Scottish Leaving Certificate Examination, 1959
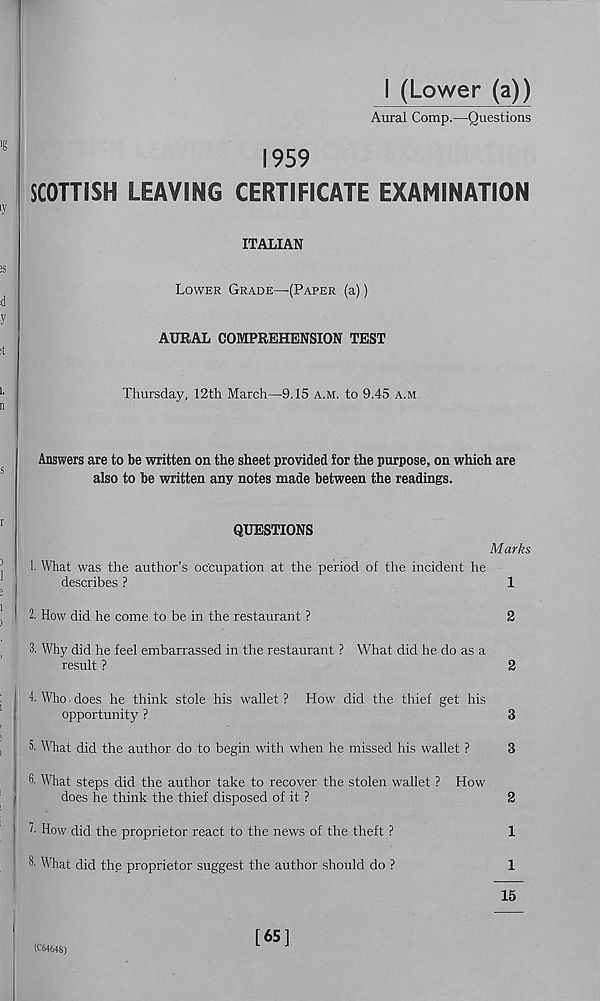
I (Lower (a))
Aural Comp.—Questions
1959
SCOTTISH LEAVING CERTIFICATE EXAMINATION
ITALIAN
Lower Grade—'(Paper (a))
AURAL COMPREHENSION TEST
Thursday, 12th March—9.15 a.m. to 9.45 a.m
Answers are to be written on the sheet provided for the purpose, on which are
also to be written any notes made between the readings.
QUESTIONS
Marks
1. What was the author’s occupation at the period of the incident he
describes ?
1
2. How did he come to be in the restaurant ?
2
3. Why did he feel embarrassed in the restaurant ? What did he do as a
result ?
2
4. Who • does he think stole his wallet ? How did the thief get his
opportunity ?
3
What did the author do to begin with when he missed his wallet ?
3
What steps did the author take to recover the stolen wallet ? How
does he think the thief disposed of it ?
2
!■ How did the proprietor react to the news of the theft ?
1
3' What did the proprietor suggest the author should do ?
1
15
(C6464S)
[65]